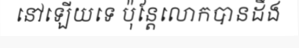
នៅឡើយទេ ប៉ុន្តែលោកបានដឹង